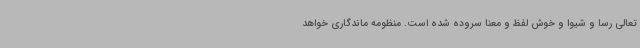
تعالی رسا و شیوا و خوش لفظ و معنا سروده شده است. منظومه ماندگاری خواهد